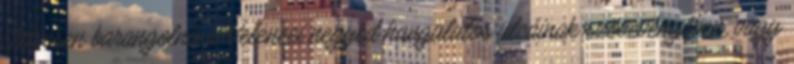
Szívesen barangolna a Velencei negyed hangulatos utcáinak szövevényében, vagy